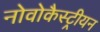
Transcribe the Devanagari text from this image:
नोवोकैस्ट्रीयन